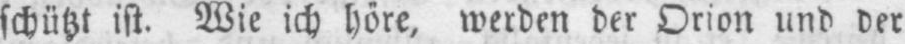
schützt ist. Wie ich höre, werden der Orion und der